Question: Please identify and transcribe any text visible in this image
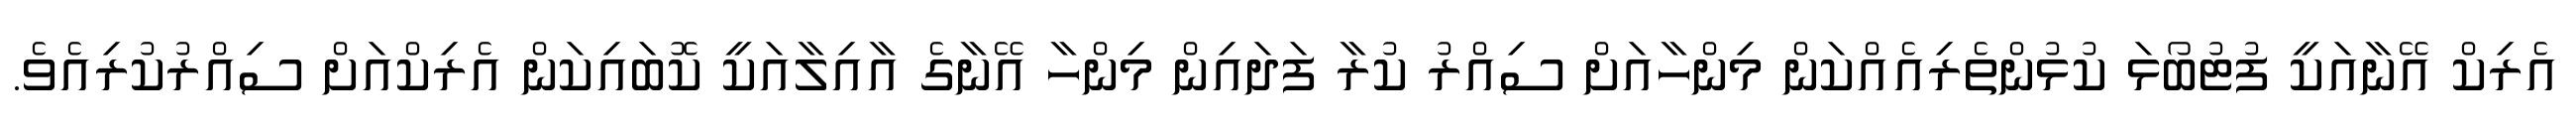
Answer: އެރިކް އޭނާއަކީ ފުޓުބޯޅަ ކުޅުންތެރިއެއްކަން މިންހާއަށް ސިއްރު ކުރާ ފަދައިން މިންހާ އޭނާގެ އާއިލާއަކީ ކޮބައިކަން އެރިކްއަށް ސިއްރުކުރިއެވެ.